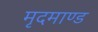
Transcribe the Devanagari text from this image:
मृदमाण्ड